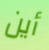
أين